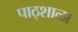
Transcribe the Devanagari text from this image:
पाठ्शाळा